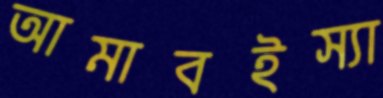
আমাবইস্যা